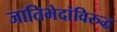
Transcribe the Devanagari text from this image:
जातिभेदांविरुद्ध